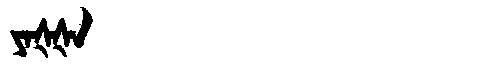
Manchu: ᠶᠠᡧᡧᠠ
Romanization: YAŠŠA